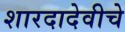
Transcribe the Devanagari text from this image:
शारदादेवीचे